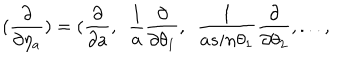
( \frac { \partial } { \partial \eta _ { a } } ) = ( \frac { \partial } { \partial a } , ~ ~ \frac { 1 } { a } \frac { \partial } { \partial \theta _ { 1 } } , ~ ~ \frac { 1 } { a s i n { \theta _ { 1 } } } \frac { \partial } { \partial \theta _ { 2 } } , . . . ,